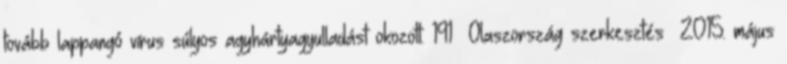
tovább lappangó vírus súlyos agyhártyagyulladást okozott. 191 Olaszország szerkesztés 2015. május